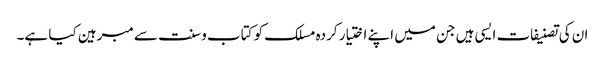
ان کی تصنیفات ایسی ہیں جن میں اپنے اختیار کردہ مسلک کو کتاب و سنت سے مبرہین کیا ہے۔